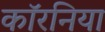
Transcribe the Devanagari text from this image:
कॉरनिया